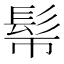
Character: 𩫿